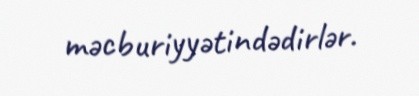
məcburiyyətindədirlər.